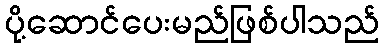
ပို့ဆောင်ပေးမည်ဖြစ်ပါသည်